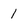
Character: 1